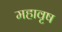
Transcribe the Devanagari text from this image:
महावृष